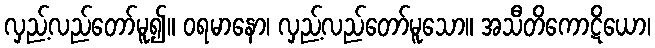
လှည့်လည်တော်မူ၍။ ဝရမာနော၊ လှည့်လည်တော်မူသော။ အသီတိကောဋိယော၊